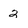
Character: 2